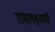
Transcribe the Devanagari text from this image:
रामलक्ष्मणौ